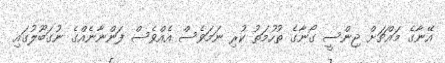
އޭނާގެ މައްޗަށް ޖިންސީ ގޯނާގެ ތުހުމަތު ކުރި ނަމަވެސް އެއްވެސް ފަންނާނެއްގެ ނުގަބޫލުގައި